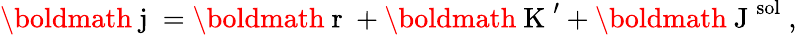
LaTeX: \mathrm{\boldmath~j~}=\mathrm{\boldmath~r~}+\mathrm{\boldmath~K~}^{\prime}+\mathrm{\boldmath~J~}^{\mathrm{sol}}\ ,